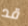
قد